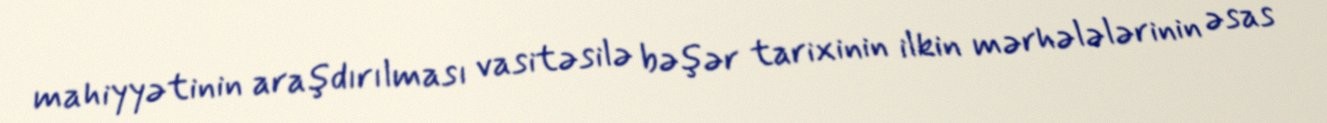
mahiyyətinin araşdırılması vasitəsilə bəşər tarixinin ilkin mərhələlərinin əsas